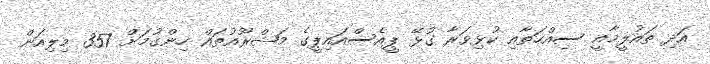
އަދި ތައުލީމާއީ ސިއްހަތާއި ކުޅިވަރާ ގުޅޭ ޕީއެސްއައިޕީގެ މަޝްރޫއުތައް ހިންގުމަށް 357 މިލިއަން